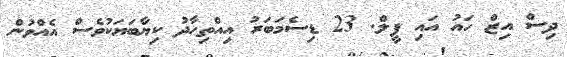
ދިސް އިޒް ހައު އައި ފީލް. 23 ޑިސެމަބަރު އިއްތިހާދު ކިޔާބަޔަކުވެސް އެއްވުން